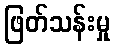
ဖြတ်သန်းမှု